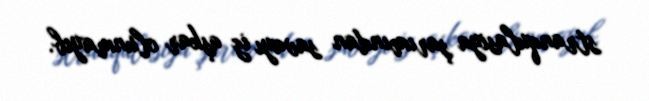
stranqulasiya şarımından savayı iz aşkar olunmayıb.